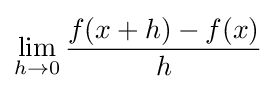
\lim _{h\rightarrow 0}{\frac {f(x+h)-f(x)}{h}}